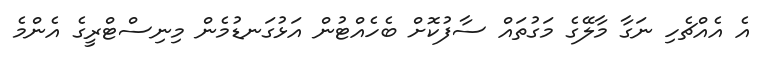
އެ އެއްޗެހި ނަގާ މާލޭގެ މަގުތައް ސާފުކޮށް ބެހެއްޓުން އަޅުގަނޑުމެން މިނިސްޓްރީގެ އެންމެ